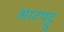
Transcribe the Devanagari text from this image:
आटपट्टु